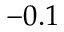
- 0 . 1